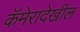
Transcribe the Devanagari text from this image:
कॅमेरादेखील